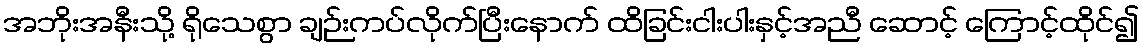
အဘိုးအနီးသို့ ရိုသေစွာ ချဉ်းကပ်လိုက်ပြီးနောက် ထိခြင်းငါးပါးနှင့်အညီ ဆောင့် ကြောင့်ထိုင်၍